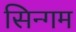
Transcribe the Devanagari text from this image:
सिन्गम